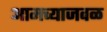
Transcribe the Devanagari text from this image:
आमच्याजवळ